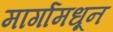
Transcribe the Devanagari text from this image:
मार्गामधून